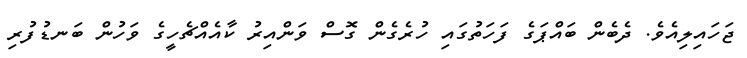
ޖަހައިލިއެވެ. ދެބެން ބައްޕަގެ ފަހަތުގައި ހުރެގެން ގޮސް ވަންއިރު ކާއެއްޗެހީގެ ވަހުން ބަނޑުފުރި